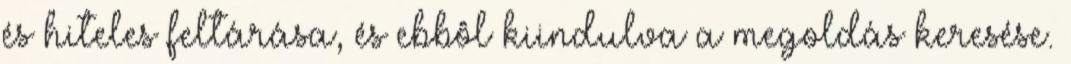
és hiteles feltárása, és ebbôl kiindulva a megoldás keresése.